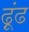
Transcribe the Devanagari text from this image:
ढ़ूंढ